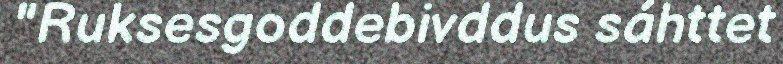
"Ruksesgoddebivddus sáhttet